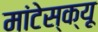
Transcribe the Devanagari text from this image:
मांटेस्क्यू